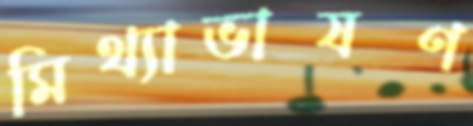
মিথ্যাভাষণ